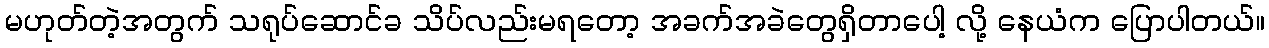
မဟုတ်တဲ့အတွက် သရုပ်ဆောင်ခ သိပ်လည်းမရတော့ အခက်အခဲတွေရှိတာပေါ့ လို့ နေယံက ပြောပါတယ်။